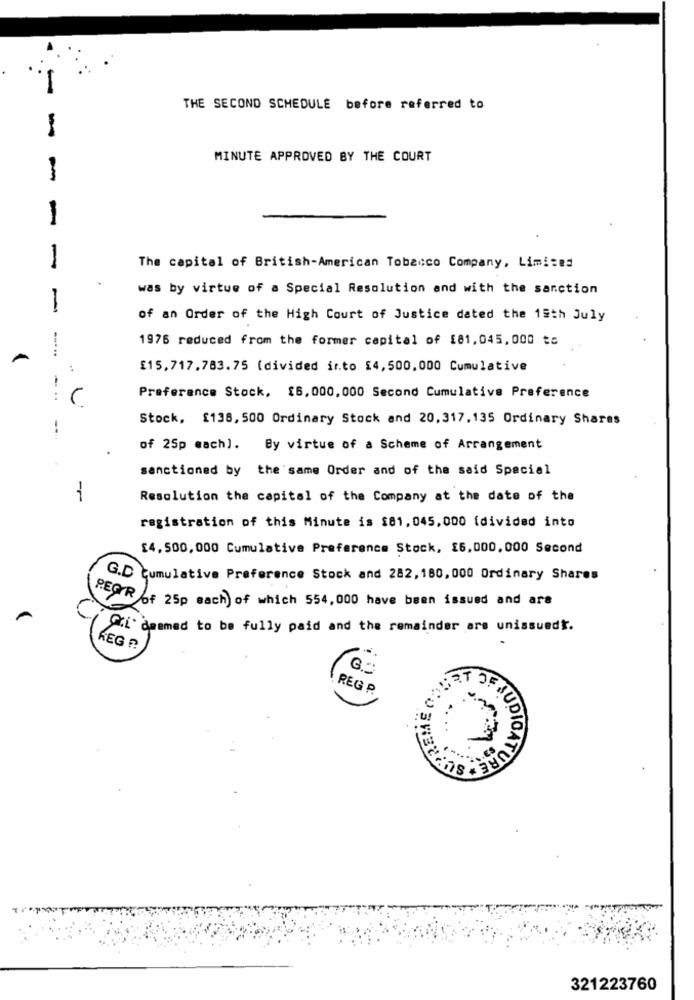
I
THE SECOND SCHEDULE before referred to
-
MINUTE APPROVED BY THE COURT
-
-
The capital of British-American Tobacco Company, Limi:83
was by virtue of a Special Resolution and with the sanction
-
of an Order of the High Court of Justice dated the 19th July
1976 reduced from the former capital of £81,045,000 tc
A
£15,717,783.75 (divided ir.to £4,500,000 Cumulative
Preference Stock, £6,000, 000 Second Cumulative Preference
: (
Stock, £138, 500 Ordinary Stock and 20,317, 135 Ordinary Shares
--
of 25p mach]. By virtue of a Scheme of Arrangement
sanctioned by the same Order and of the said Special
1
Resolution the capital of the Company at the date of the
registration of this Minute is $81,045,000 (divided into
£4,500,000 Cumulative Preference Stock, £6,000,000 Second
G.D cumulative Preference Stock and 282,180, 000 Ordinary Shares
FEAR of 25p sach) of which 554,000 have been issued and are
A
Ci deemed to be fully paid and the remainder are unissuedt.
REG ?
REGO
JUDICATURE
321223760